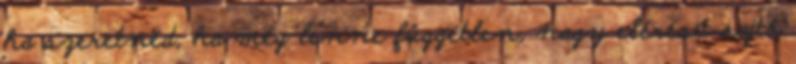
ha szeretnéd, ha még lenne független, nagy elérésű sajtó